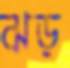
ঝড়